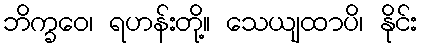
ဘိက္ခဝေ၊ ရဟန်းတို့။ သေယျထာပိ၊ နိုင်း